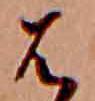
は